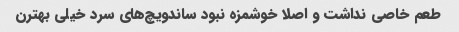
طعم خاصی نداشت و اصلا خوشمزه نبود ساندویچ‌های سرد خیلی بهترن